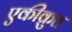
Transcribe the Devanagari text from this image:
एकीक्रुत